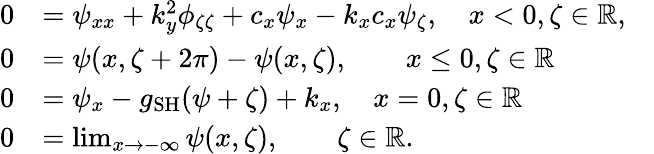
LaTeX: \begin{array}{rlr}{0}&{=\psi_{xx}+k_{y}^{2}\phi_{\zeta\zeta}+c_{x}\psi_{x}-k_{x}c_{x}\psi_{\zeta},\quad x<0,\zeta\in\mathbb{R},}&\\ {0}&{=\psi(x,\zeta+2\pi)-\psi(x,\zeta),\qquad x\leq 0,\zeta\in\mathbb{R}}&\\ {0}&{=\psi_{x}-g_{\mathrm{SH}}(\psi+\zeta)+k_{x},\quad x=0,\zeta\in\mathbb{R}}&\\ {0}&{=\operatorname*{lim}_{x\rightarrow-\infty}\psi(x,\zeta),\qquad\zeta\in\mathbb{R}.}&\end{array}